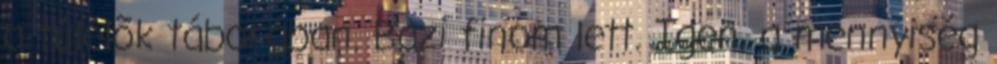
a túlélõk táborában. Bazi finom lett. Igen, a mennyiség